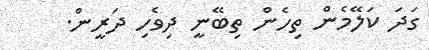
ގަދަ ކަލޭމެން ތިހެން ތިބޭނީ ދިވެހި ދަރީން.